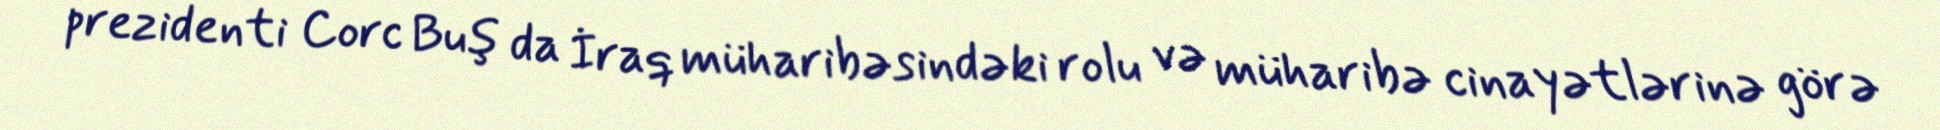
prezidenti Corc Buş da İraq müharibəsindəki rolu və müharibə cinayətlərinə görə